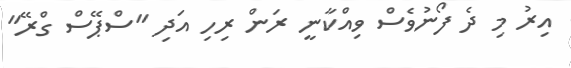
އިރު މި ދެ ފޯނުވެސް ވިއްކާނީ ރަން ރިހި އަދި "ސްޕޭސް ގްރޭ"